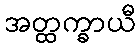
အတ္ထက္ခာယီ